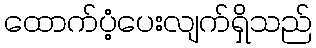
ထောက်ပံ့ပေးလျက်ရှိသည်